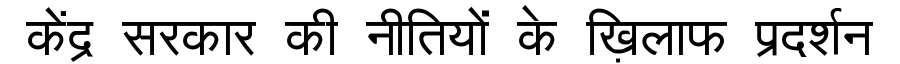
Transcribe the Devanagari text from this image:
केंद्र सरकार की नीतियों के ख़िलाफ प्रदर्शन